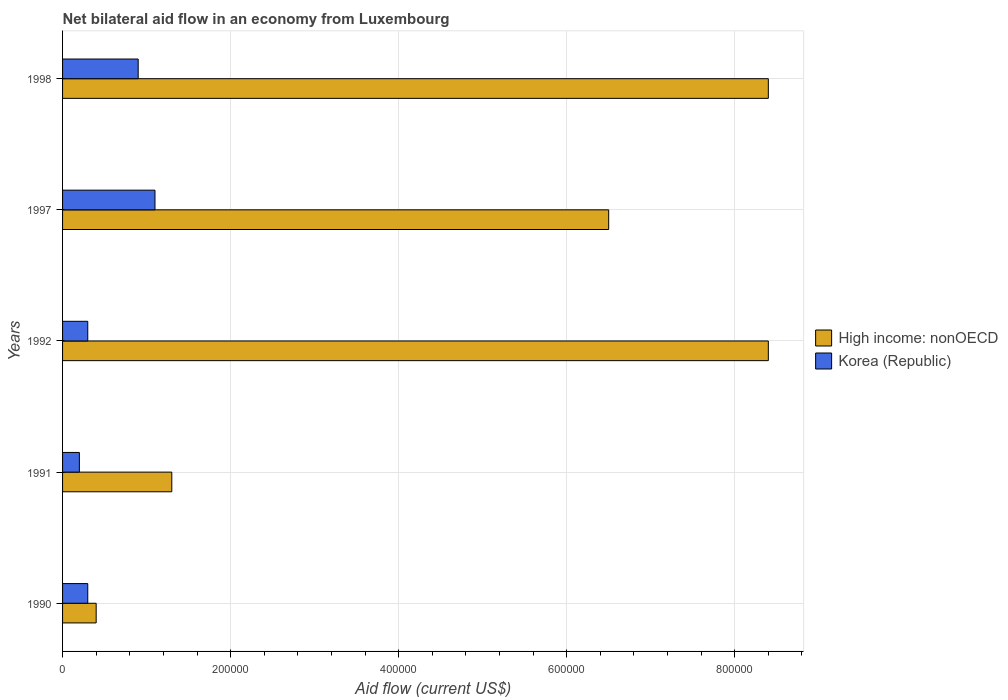
| Years | High income: nonOECD | Korea (Republic) |
 | --- | --- | --- |
 | 1990 | 4e+04 | 3e+04 |
 | 1991 | 1.3e+05 | 2e+04 |
 | 1992 | 8.4e+05 | 3e+04 |
 | 1997 | 6.5e+05 | 1.1e+05 |
 | 1998 | 8.4e+05 | 9e+04 |